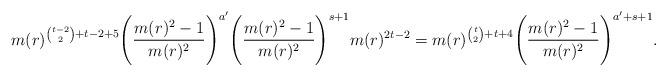
LaTeX: \begin{align*}& m(r)^{{t-2\choose 2}+t-2+5} \Bigg( \frac{m(r)^2-1}{m(r)^2}\Bigg)^{a'}\Bigg( \frac{m(r)^2-1}{m(r)^2}\Bigg)^{s+1} m(r)^{2t-2} = m(r)^{{t\choose 2}+t+4} \Bigg( \frac{m(r)^2-1}{m(r)^2}\Bigg)^{a'+s+1}.\end{align*}